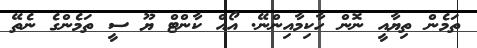
ތަމެން ތިޔާއީ ނޮން ހާކިމާއިންނޭ. އޯއް ކާންޓް ޔޫ ސީ ތަމެންގެ ނެތޭ